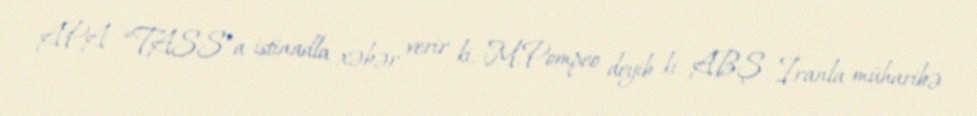
APA “TASS”a istinadla xəbər verir ki, M.Pompeo deyib ki, ABŞ İranla müharibə